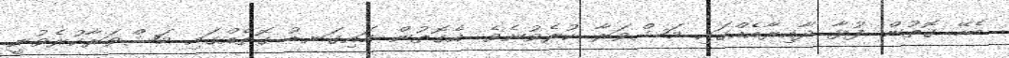
ބެހޭ ގޮތުން ފުޅާ ދާއިރާއެއްގައި މަޝްވަރާ ކުރެވުނެވެ. އެގޮތުން މައިގަނޑު ގޮތެއްގައި މަޝްވަރާކުރެވުނީ